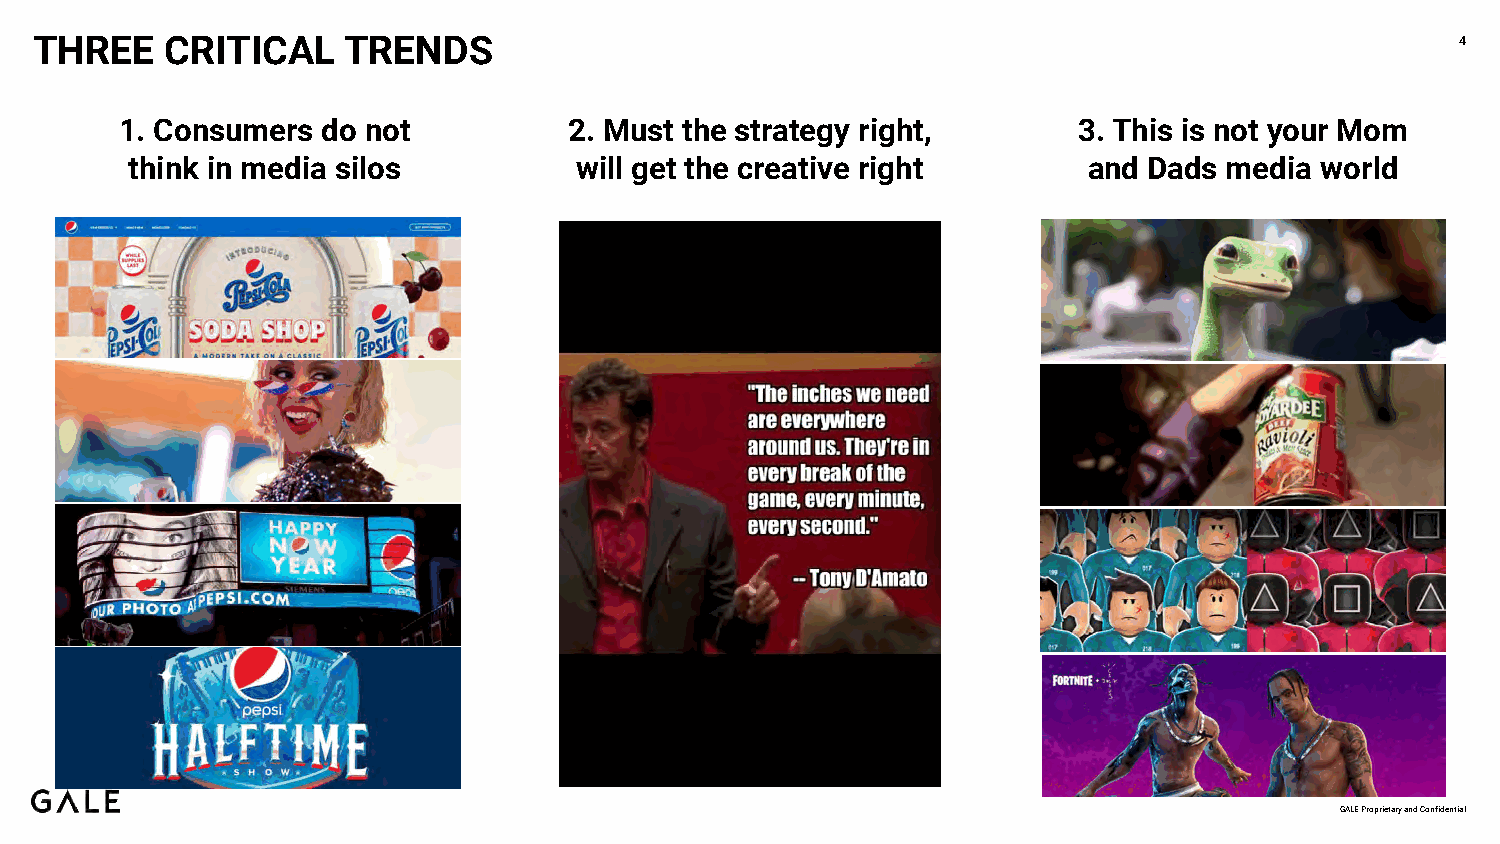
THREE    CRITICAL    TRENDS                                                                    4
 1. Consumers do not           2. Must the strategy right,      3. This is not your Mom
 think in media silos          will get the creative right       and Dads media world
 GALE Proprietary and Confidential